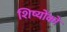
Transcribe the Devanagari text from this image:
शिष्योंको